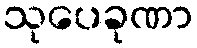
သုပေခုဏာ